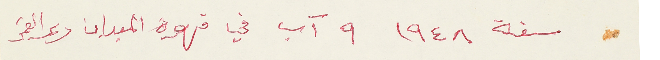
- سنة ١٩٤٨ ٩ آب في قهوة الميدان دير القمر